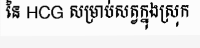
នៃ HCG សម្រាប់សត្វក្នុងស្រុក